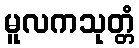
မူလကသုတ္တံ